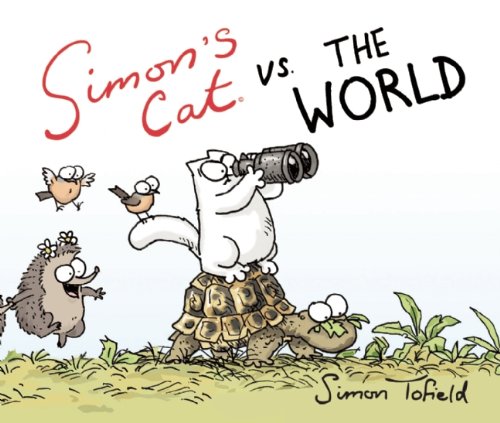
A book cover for Simon's Cat vs. the World; Simon Tofield; Humor & Entertainment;